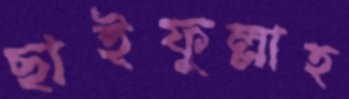
ছাইফুল্লাহ